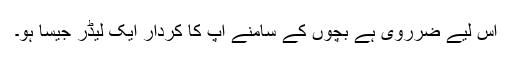
اس لیے ضرروی ہے بچوں کے سامنے آپ کا کردار ایک لیڈر جیسا ہو۔